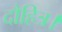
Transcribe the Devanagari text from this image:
दौहित्र।